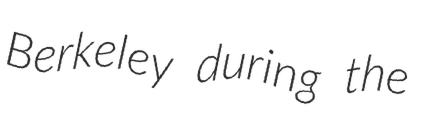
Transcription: Berkeley during the